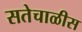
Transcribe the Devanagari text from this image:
सतेचाळीस